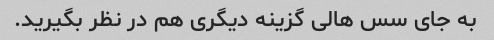
به جای سس هالی گزینه دیگری هم در نظر بگیرید.